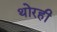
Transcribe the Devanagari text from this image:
थोरही